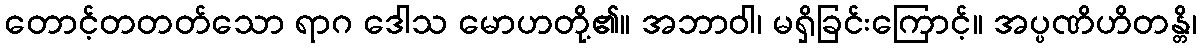
တောင့်တတတ်သော ရာဂ ဒေါသ မောဟတို့၏။ အဘာဝါ၊ မရှိခြင်းကြောင့်။ အပ္ပဏိဟိတန္တိ၊